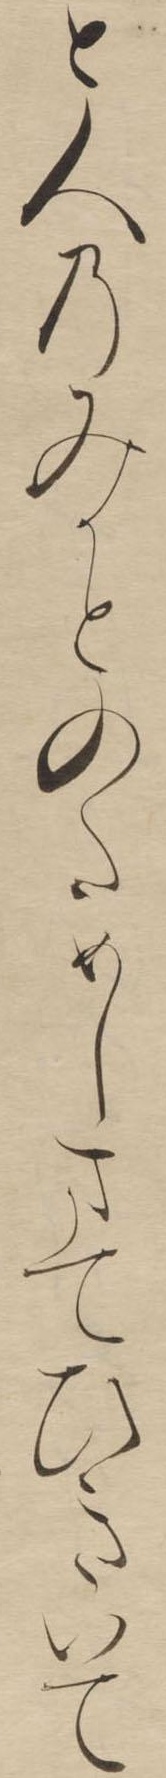
と人のみかとのためしまてひきいて